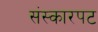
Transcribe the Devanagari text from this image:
संस्कारपट